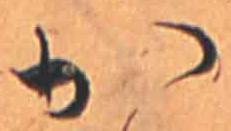
か